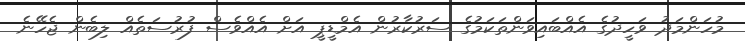
މުހަންމަދު ވަހީދުގެ އެއްބައިވަންތަކަމުގެ ސަރުކާރުން އެމްޑީޕީ އަށް އެއްވެސް ފުރުސަތެއް ލިބެން ޖެހޭނެ